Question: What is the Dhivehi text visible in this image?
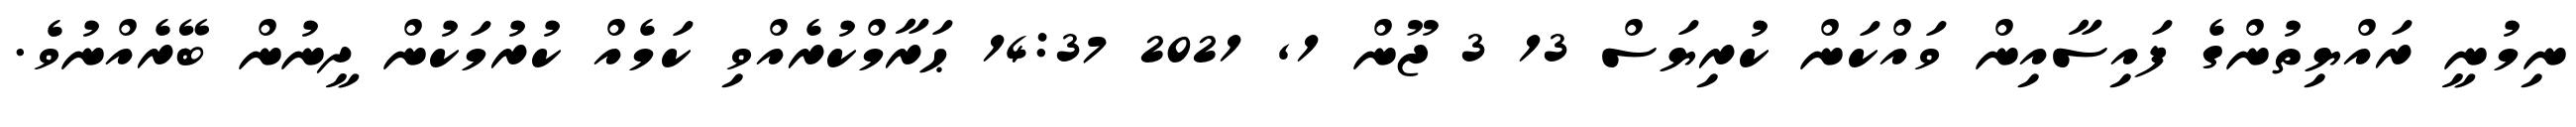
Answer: ނިމުނީ ރައްޔިތުންގެ ފައިސާއިން ވައްކަން ކުރިޔަސް 13 3 ޖޫން 1, 2021 14:37 ޙަރާމްކުރެއްވި ކަމެއް ކުރުމަކުން ދީނުން ބޭރެއްނުވެ.